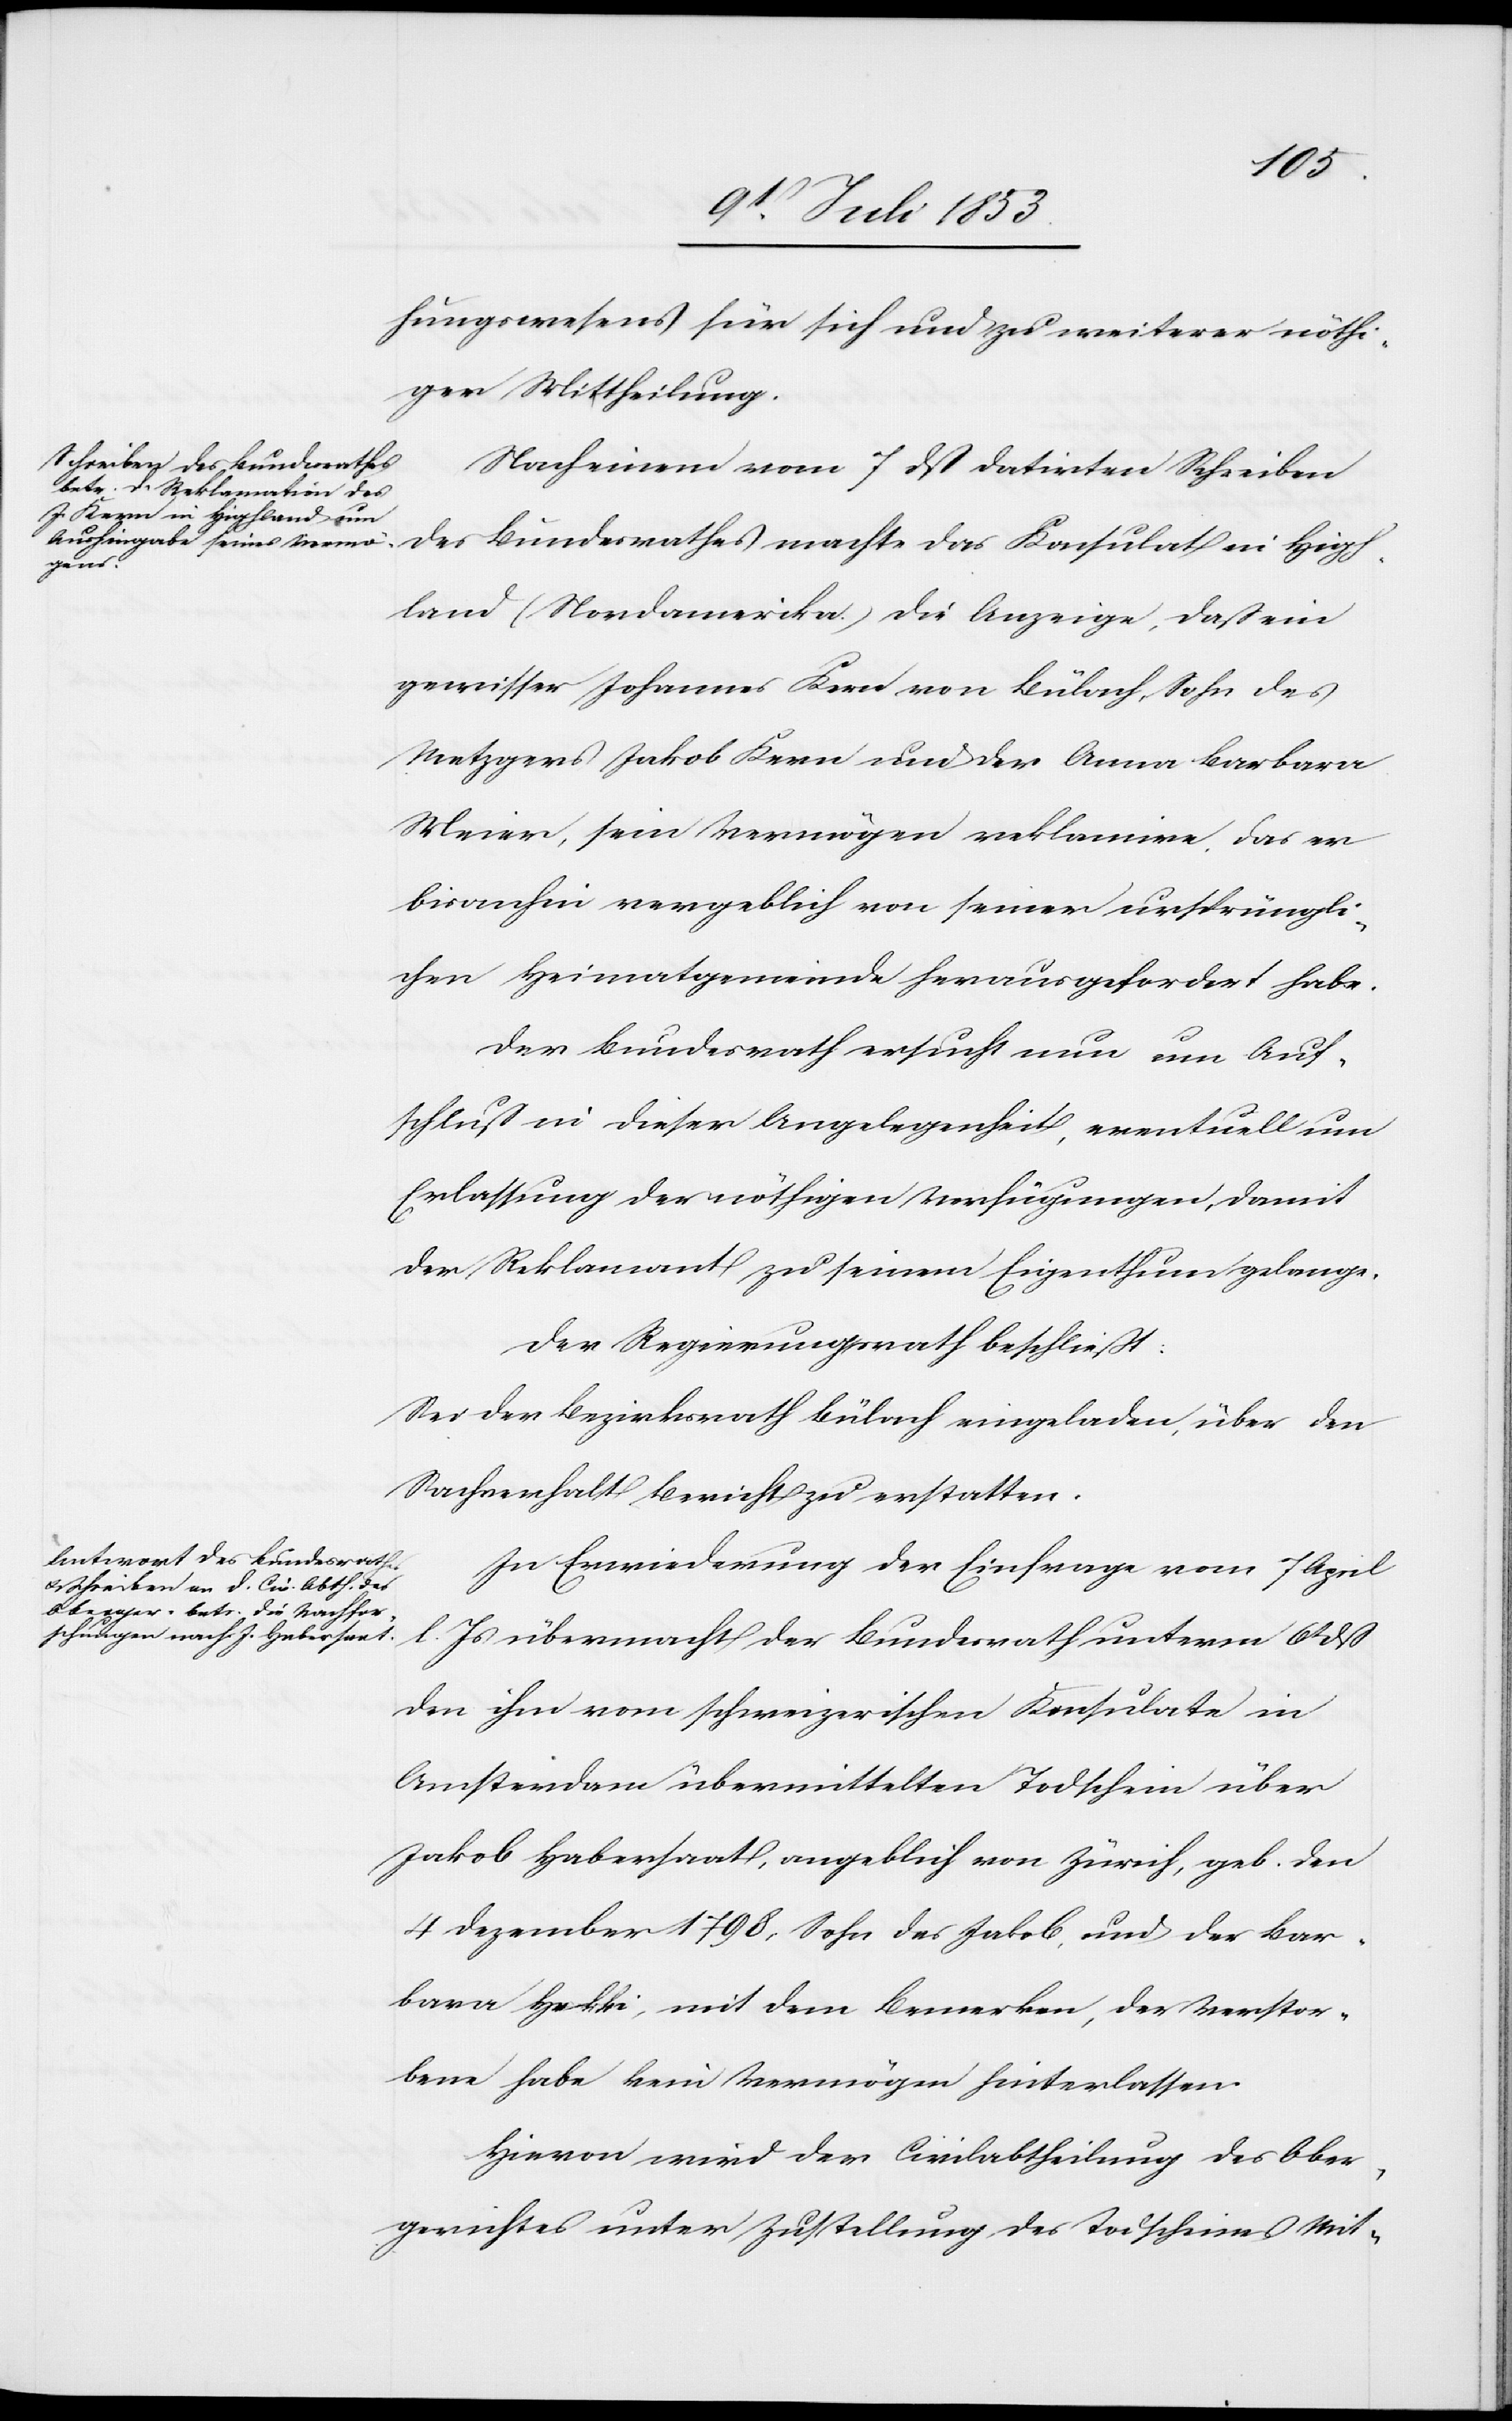
hungswesens für sich und zu weiterer nöthi¬
ger Mittheilung.
Nach einem vom 7 dß datirten Schreiben
des Bundesrathes machte das Konsulat in High¬
land (Nordamerika) die Anzeige, daß ein
gewisser Johannes Kern von Bülach, Sohn des
Metzgers Jakob Kern und der Anna Barbara
Meier, sein Vermögen reklamiere, das er
bisanhin vergeblich von seiner ursprüngli¬
chen Heimatgemeinde herausgefordert habe.
Der Bundesrath ersucht nun um Au¬
skunft in dieser Angelegenheit, eventuell um
Erlassung der nöthigen Verfügungen, damit
der Reklamant zu seinem Eigenthum gelange.
Der Regierungsrath beschließt:
Sei der Bezirksrath Bülach eingeladen, über den
Sachverhalt Bericht zu erstatten.
In Erwiederung der Einfrage vom 7 April
l. Js. übermacht der Bundesrath unterm 6t dß
den ihm vom schweizerischen Konsulat in
Amsterdam übermittelten Todschein über
Jakob Habersaat, angeblich von Zürich, geb. den
4 Dezember 1798, Sohn des Jakob, und der Bar¬
bara Hekli, mit dem Bemerken, der Verstor¬
bene habe kein Vermögen hinterlassen.
Hievon wird der Civilabtheilung des Ober¬
gerichtes unter Zustellung des Todscheines Mit-